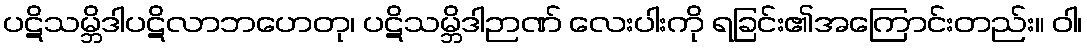
ပဋိသမ္ဘိဒါပဋိလာဘဟေတု၊ ပဋိသမ္ဘိဒါဉာဏ် လေးပါးကို ရခြင်း၏အကြောင်းတည်း။ ဝါ၊